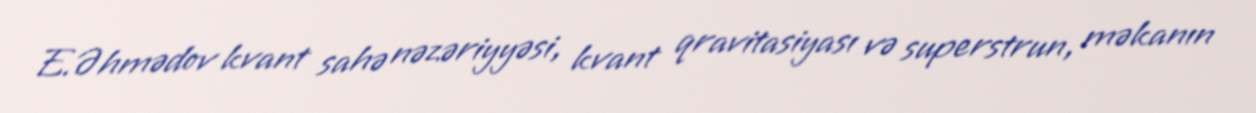
E.Əhmədov kvant sahə nəzəriyyəsi, kvant qravitasiyası və superstrun, məkanın